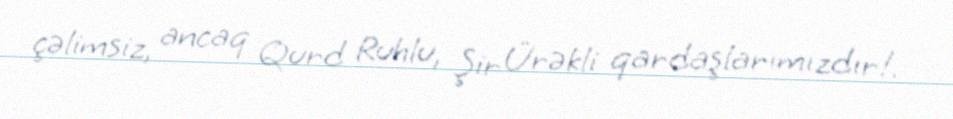
çəlimsiz, ancaq Qurd Ruhlu, Şir Ürəkli qardaşlarımızdır!.